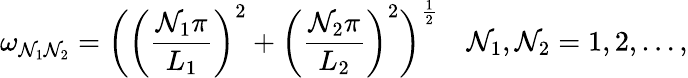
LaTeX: \omega_{\mathcal{N}_{1}\mathcal{N}_{2}}=\biggl(\biggl(\frac{{\mathcal{N}_{1}\pi}}{{L_{1}}}\biggr)^{2}+\biggl(\frac{{\mathcal{N}_{2}\pi}}{{L_{2}}}\biggr)^{2}\biggr)^{\frac{{1}}{{2}}}~~~~\mathcal{N}_{1},\mathcal{N}_{2}=1,2,\dots,